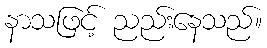
နာသဖြင့် ညည်းနေသည်။